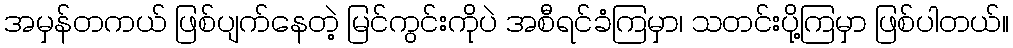
အမှန်တကယ် ဖြစ်ပျက်နေတဲ့ မြင်ကွင်းကိုပဲ အစီရင်ခံကြမှာ၊ သတင်းပို့ကြမှာ ဖြစ်ပါတယ်။